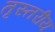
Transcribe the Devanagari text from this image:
तृस्तरीय